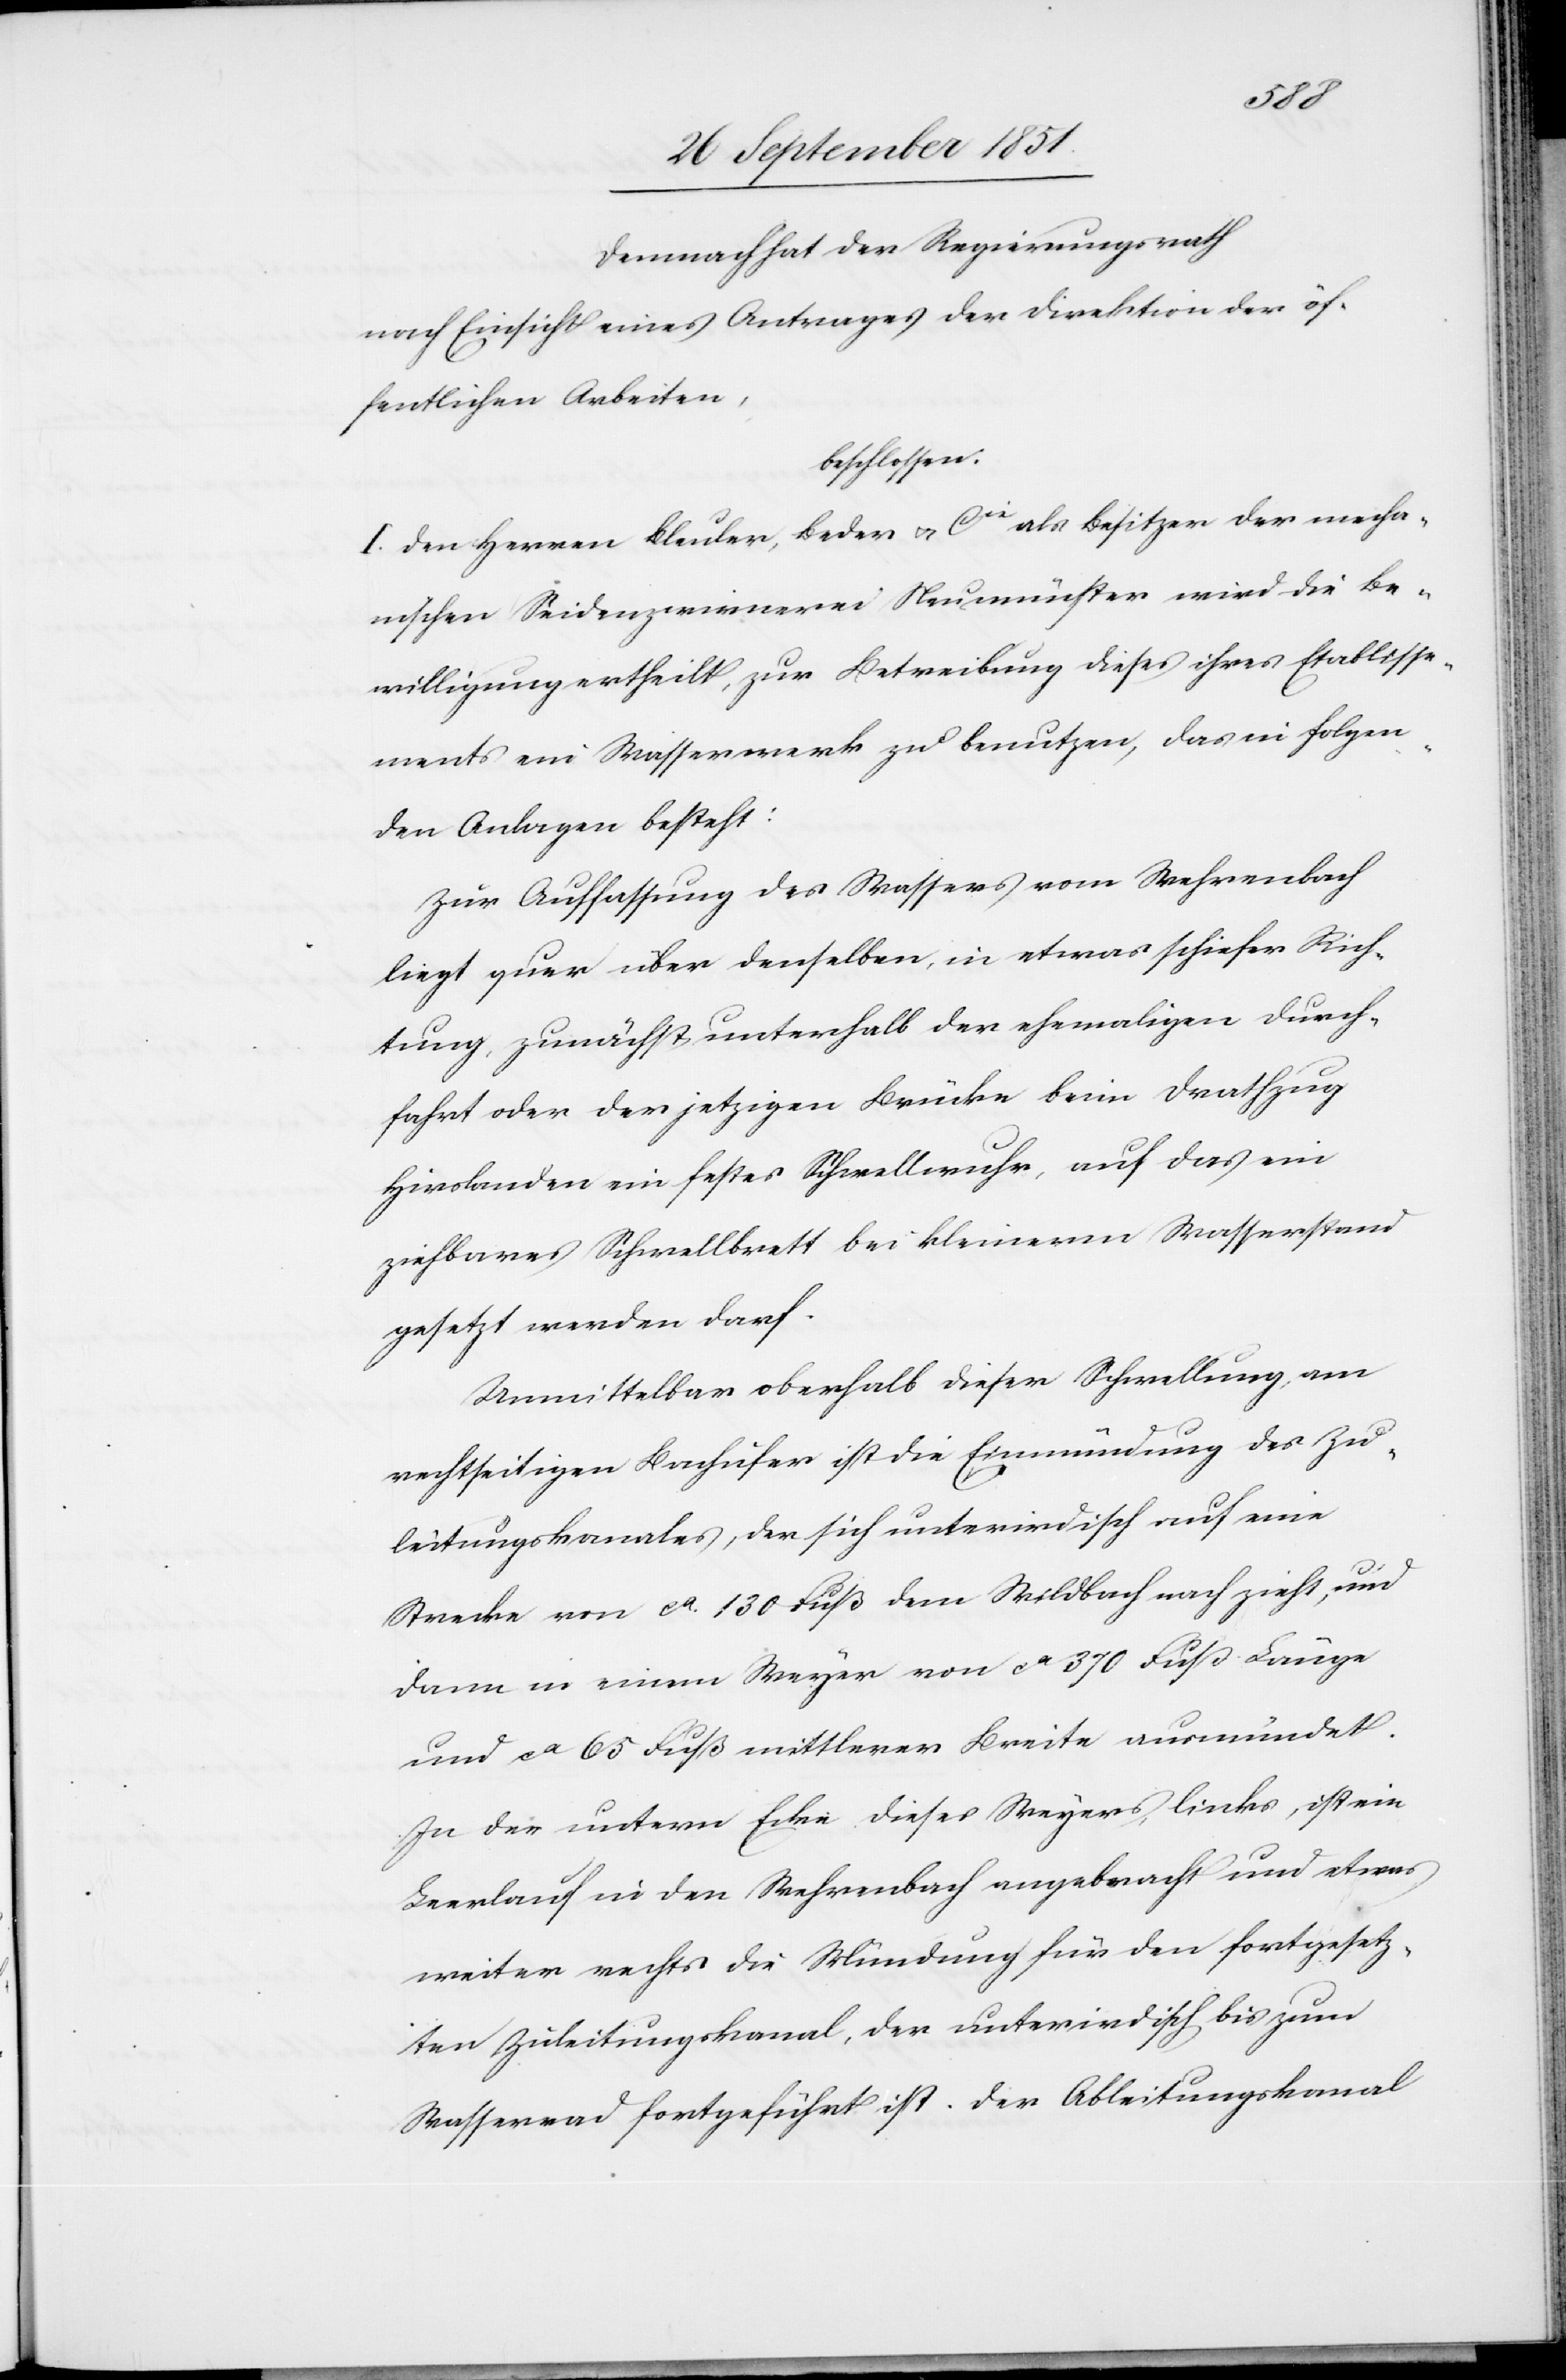
Demnach hat der Regierungsrath
nach Einsicht eines Antrages der Direktion der öf¬
fentlichen Arbeiten,
beschlossen:
I. Den Herren Bleuler, Beder & Cie als Besitzer der mecha¬
nischen Seidenzwirnerei Neumünster wird die Be¬
willigung ertheilt, zur Betreibung dieses ihres Etablisse¬
ments ein Wasserwerk zu benutzen, das in folgen¬
den Anlagen besteht:
Zur Auffassung des Wassers vom Wehrenbach
liegt quer über denselben, in etwas schiefer Rich¬
tung, zunächst unterhalb der ehemaligen Durch¬
fahrt oder der jetzigen Brücke beim Drathzug
Hirslanden ein festes Schwellwuhr, auf das ein
ziehbares Schwellbrett bei kleinerm Wasserstand
gesetzt werden darf.
Unmittelbar oberhalb dieser Schwellung, am
rechtseitigen Bachufer ist die Einmündung des Zu¬
leitungskanales, der sich unterirdisch auf eine
Strecke von ca. 130 Fuß dem Wildbach nach zieht, und
dann in einem Weyer von ca 370 Fuß Länge
und ca 65 Fuß mittlerer Breite ausmündet.
In der untern Ecke dieses Weyers, links, ist ein
Leerlauf in den Wehrenbach angebracht und etwas
weiter rechts die Mündung für den fortgesetz¬
ten Zuleitungskanal, der unterirdisch bis zum
Wasserrad fortgeführt ist. Der Ableitungskanal